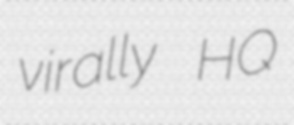
virally HQ